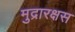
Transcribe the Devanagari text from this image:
मुद्रारक्षस